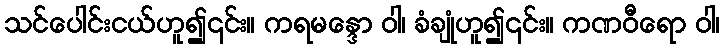
သင်ပေါင်းငယ်ဟူ၍၎င်း။ ကရမန္ဒော ဝါ၊ ခံချုံဟူ၍၎င်း။ ကဏဝီရော ဝါ၊